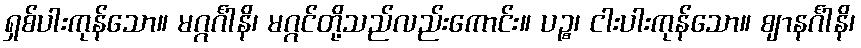
ရှစ်ပါးကုန်သော။ မဂ္ဂင်္ဂါနိ၊ မဂ္ဂင်တို့သည်လည်းကောင်း။ ပဉ္စ၊ ငါးပါးကုန်သော။ ဈာနင်္ဂါနိ၊